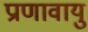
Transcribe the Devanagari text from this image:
प्राणावायु